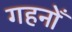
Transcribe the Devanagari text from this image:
गहनोँ